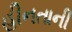
હીનતાની